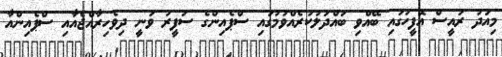
މިއަދު ރައީސް އޮފީހުގައި ބޭއްވި ބައްދަލުކުރެއްވުމުގައި ސްޕެއިންގެ ސަފީރު ވަނީ ދިވެހިރާއްޖެއާއި ސްޕެއިންއާ